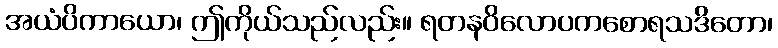
အယံပိကာယော၊ ဤကိုယ်သည်လည်း။ ရတနဝိလောပကစောရသဒိတော၊